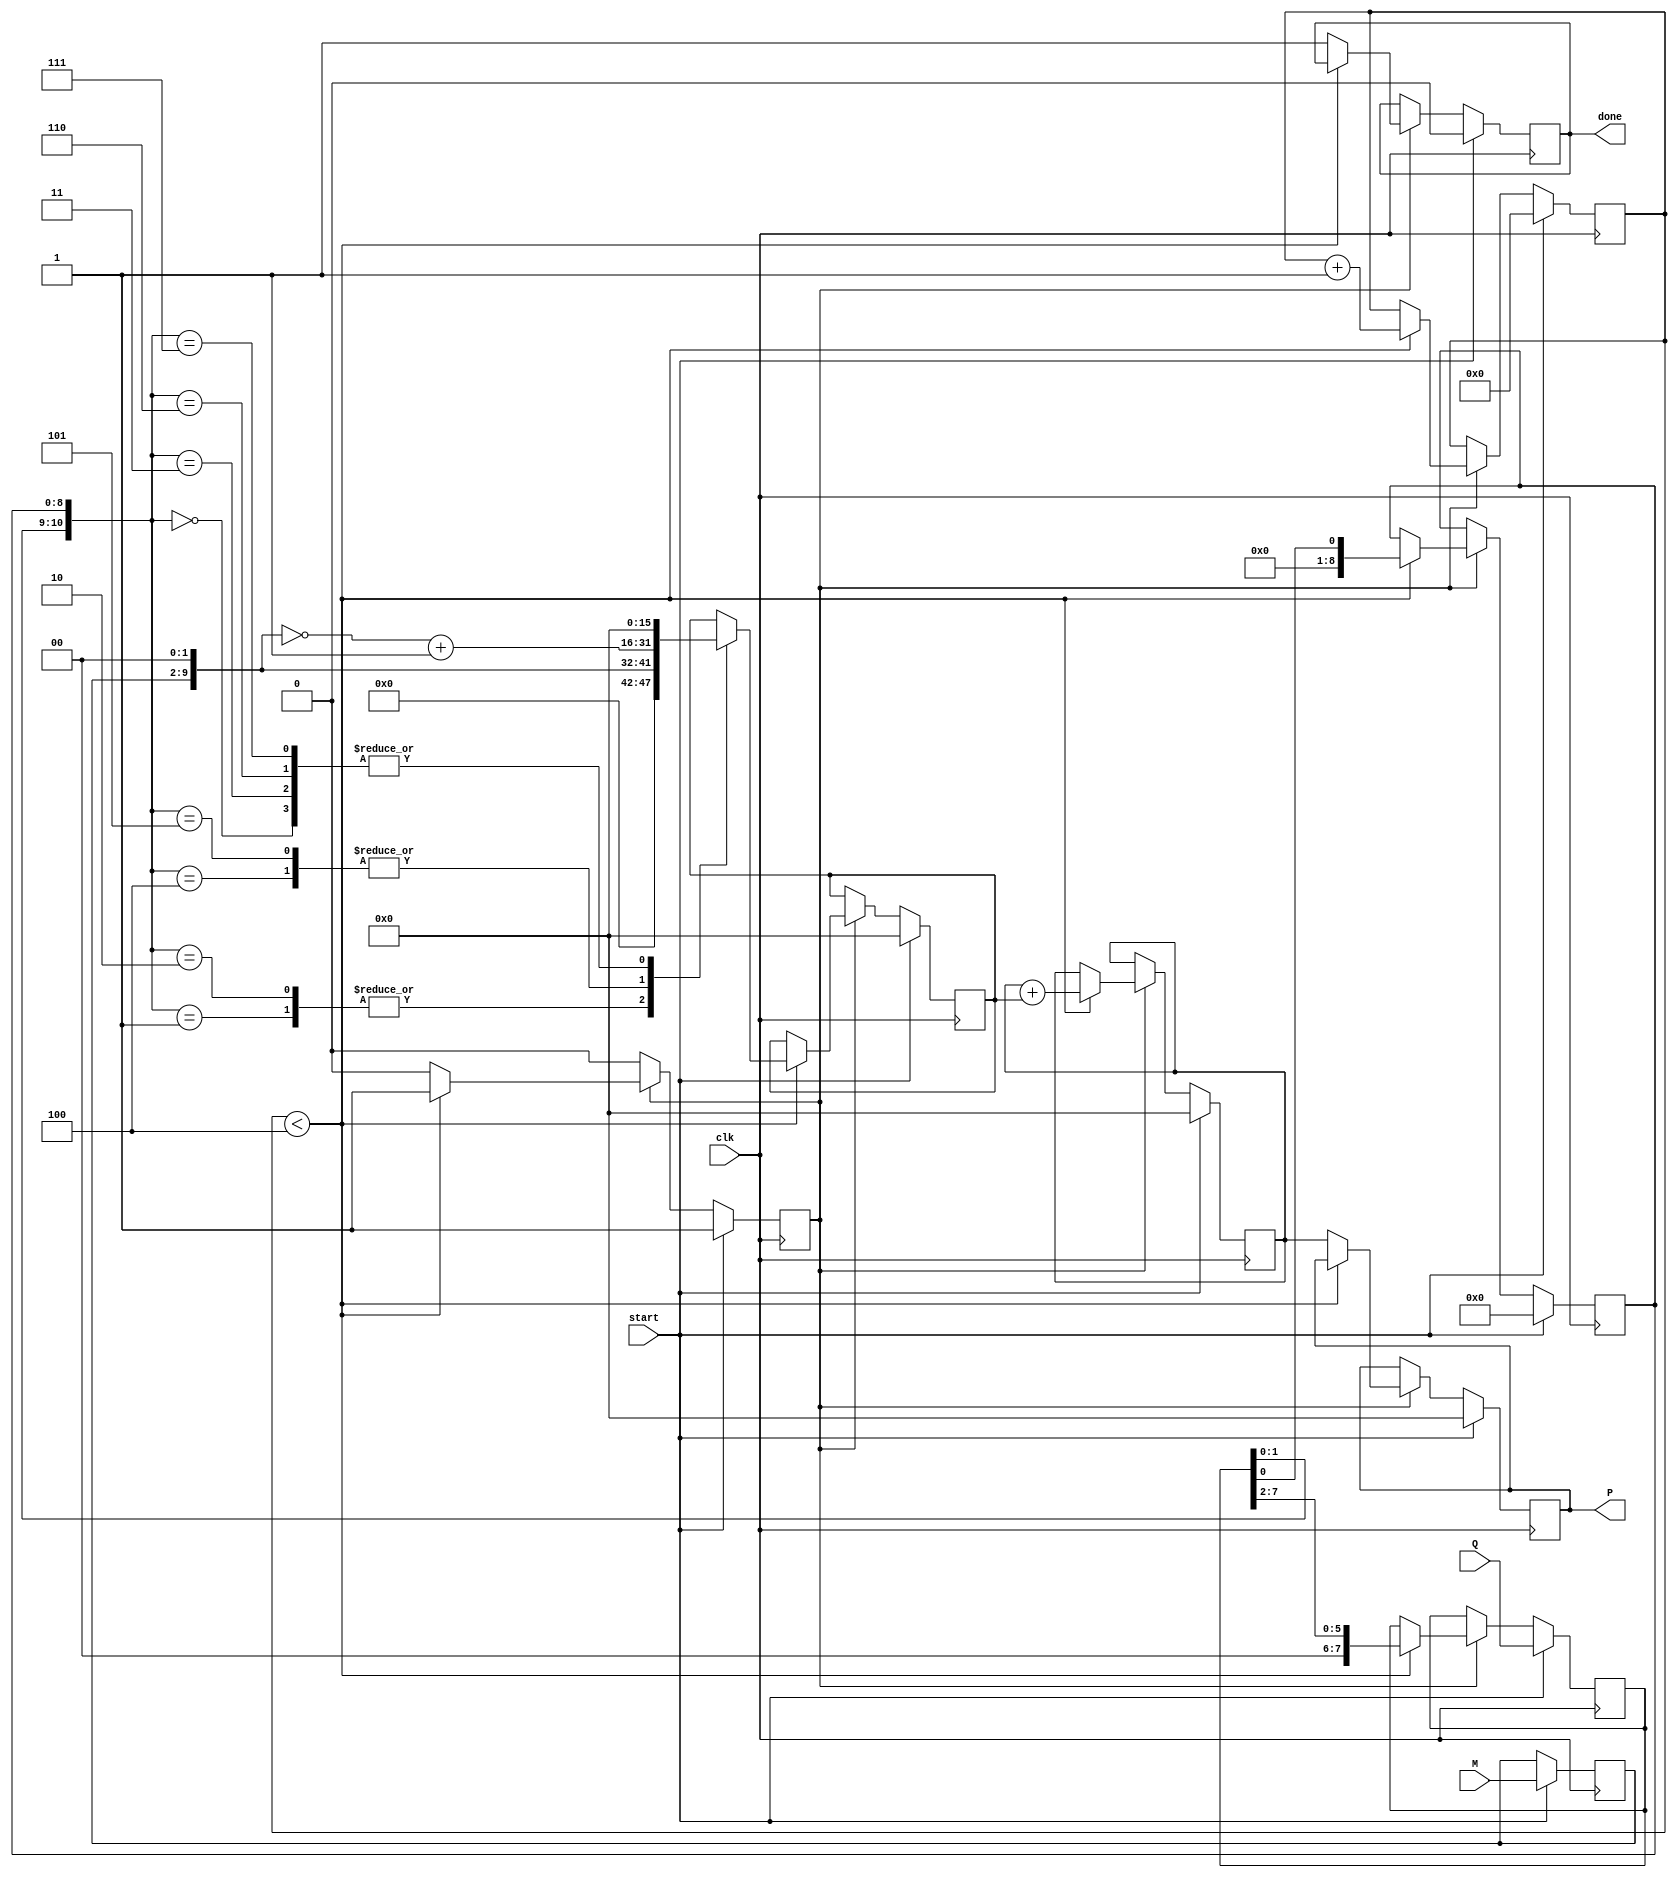
module radix4_multiplier #(parameter N = 8) (
    input signed [N-1:0] M,       // Multiplicand
    input signed [N-1:0] Q,       // Multiplier
    input clk,                    // Clock signal
    input start,                  // Start signal
    output reg signed [2*N-1:0] P, // Product output
    output reg done               // Done signal
);

    reg [N-1:0] Q_reg;            // Register for the multiplier
    reg [N-1:0] M_reg;            // Register for the multiplicand
    reg [N:0] Q_minus_1;          // Previous bit of Q
    reg [2*N-1:0] partial_product; // Partial product
    reg [3:0] count;              // Count for cycles
    reg [2*N-1:0] accumulator;    // Accumulator for the result
    reg state;                    // State variable

    // State definitions
    localparam IDLE = 1'b0, PROCESS = 1'b1;

    always @(posedge clk) begin
        if (start) begin
            // Initialization
            Q_reg <= Q;
            M_reg <= M;
            Q_minus_1 <= 1'b0; // Initial Qi-1 is 0
            partial_product <= 0;
            accumulator <= 0;
            count <= 0;
            P <= 0;
            done <= 0;
            state <= PROCESS;
        end else if (state == PROCESS) begin
            if (count < (N + 1) / 2) begin
                // Booth's encoding
                case ({Q_reg[1:0], Q_minus_1})
                    3'b000: begin
                        // No action
                        partial_product <= 0;
                    end
                    3'b001: begin
                        // Generate M
                        partial_product <= {M_reg, 2'b00}; // Shift left by 2
                    end
                    3'b010: begin
                        // Generate M
                        partial_product <= {M_reg, 2'b00}; // Shift left by 2
                    end
                    3'b011: begin
                        // No action
                        partial_product <= 0;
                    end
                    3'b100: begin
                        // Generate -M
                        partial_product <= ~{M_reg, 2'b00} + 1; // Shift left by 2 and negate
                    end
                    3'b101: begin
                        // Generate -M
                        partial_product <= ~{M_reg, 2'b00} + 1; // Shift left by 2 and negate
                    end
                    3'b110: begin
                        // No action
                        partial_product <= 0;
                    end
                    3'b111: begin
                        // No action
                        partial_product <= 0;
                    end
                endcase

                // Accumulate the partial product
                accumulator <= accumulator + partial_product;

                // Prepare for the next iteration
                Q_minus_1 <= Q_reg[0]; // Update Qi-1
                Q_reg <= {1'b0, Q_reg[N-1:2]}; // Shift Q right by 2
                count <= count + 1;
            end else begin
                // Finalize the product
                P <= accumulator;
                done <= 1;
                state <= IDLE; // Go back to IDLE state
            end
        end
    end
endmodule